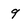
Character: 9